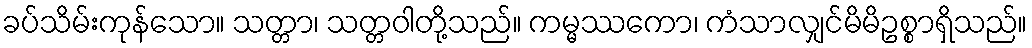
ခပ်သိမ်းကုန်သော။ သတ္တာ၊ သတ္တဝါတို့သည်။ ကမ္မဿကော၊ ကံသာလျှင်မိမိဥစ္စာရှိသည်။